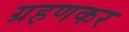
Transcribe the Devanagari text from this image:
ग्रहणकर